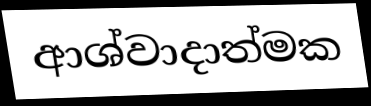
ආශ්වාදාත්මක